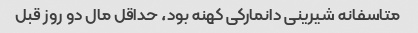
متاسفانه شیرینی دانمارکی کهنه بود، حداقل مال دو روز قبل